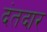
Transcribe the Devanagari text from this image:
दंतदार